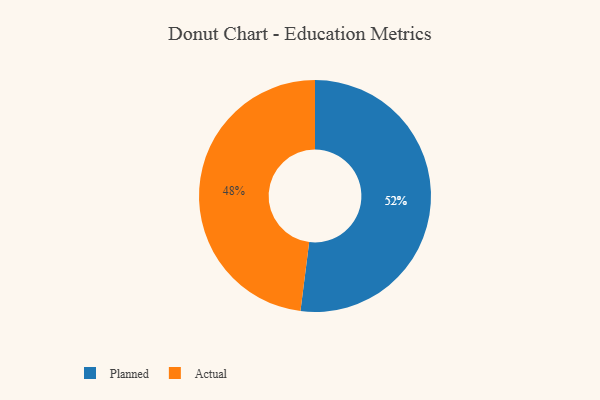
{"axis": {"x": "Category", "y": "Percentage"}, "legend": ["Actual", "Planned"], "data": [{"x": "Planned", "y": 52, "type": "Planned"}, {"x": "Actual", "y": 48, "type": "Actual"}]}